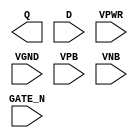
module sky130_fd_sc_hd__dlxtn (
    Q     ,
    D     ,
    GATE_N,
    VPWR  ,
    VGND  ,
    VPB   ,
    VNB
);

    output Q     ;
    input  D     ;
    input  GATE_N;
    input  VPWR  ;
    input  VGND  ;
    input  VPB   ;
    input  VNB   ;
endmodule